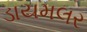
ડાયમલર